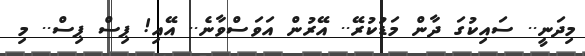
މިދަނީ.. ސައިކުގަ ދާން މަޑުކުރޭ.. އޭރުން އަވަސްވާނެ.. އޭއި! ޕިސް ޕިސް.. މި